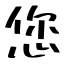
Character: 您